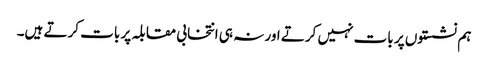
ہم نشستوں پر بات نہیں کرتے اور نہ ہی انتخابی مقابلہ پر بات کرتے ہیں۔